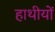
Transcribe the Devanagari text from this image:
हाथीयों